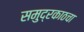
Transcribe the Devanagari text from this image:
समुद्रकाठचा